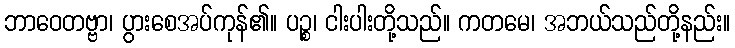
ဘာဝေတဗ္ဗာ၊ ပွားစေအပ်ကုန်၏။ ပဉ္စ၊ ငါးပါးတို့သည်။ ကတမေ၊ အဘယ်သည်တို့နည်း။